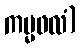
ကမ္မဖလံ)